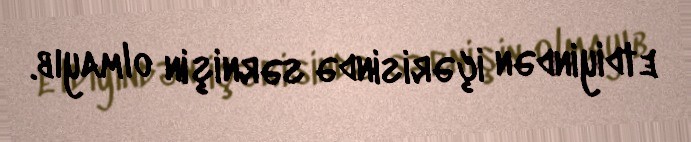
etdiyindən içərisində sərnişin olmayıb.